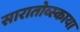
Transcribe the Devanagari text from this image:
सारातोव्स्काया